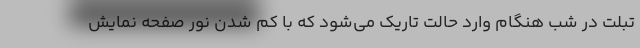
تبلت در شب هنگام وارد حالت تاریک می‌شود که با کم شدن نور صفحه نمایش